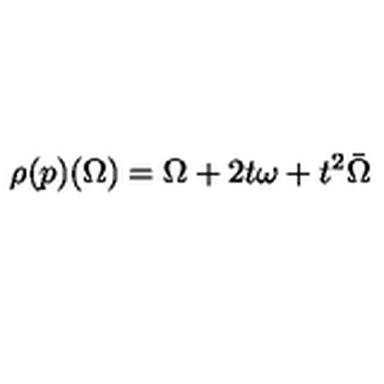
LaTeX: \rho ( p ) ( \Omega ) = \Omega + 2 t \omega + t ^ { 2 } \bar { \Omega }